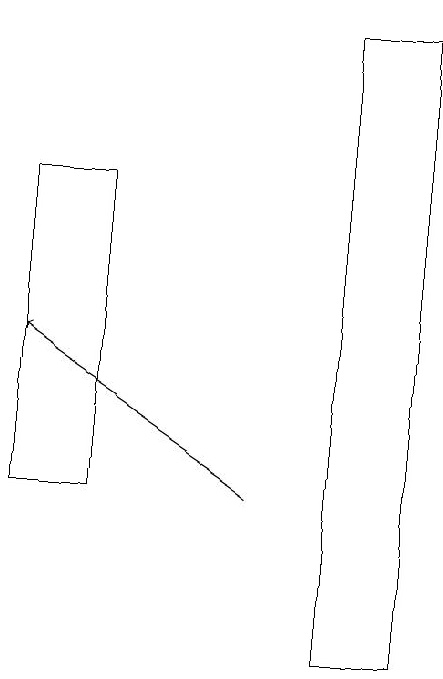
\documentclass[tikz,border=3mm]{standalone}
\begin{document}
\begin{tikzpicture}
\draw (4,11) rectangle (5,19);
\draw (0,13) rectangle (1,17);
\draw[->] (3,13) -- (0,15);
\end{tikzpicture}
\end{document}